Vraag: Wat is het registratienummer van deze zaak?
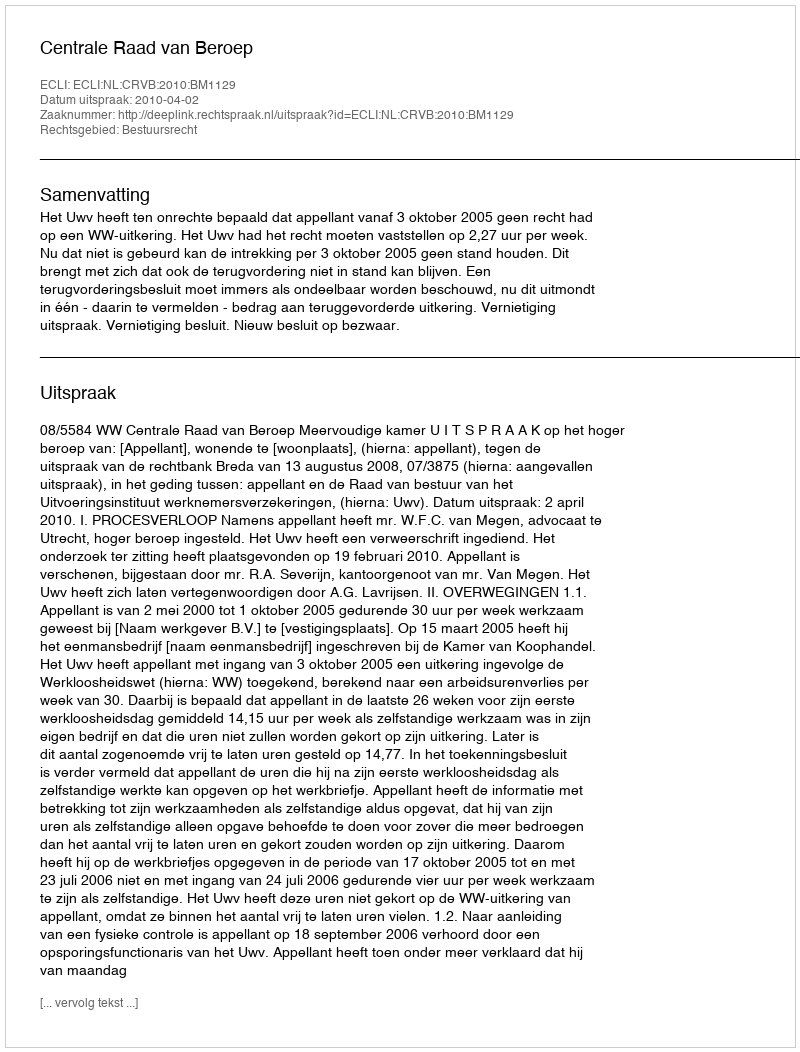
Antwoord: http://deeplink.rechtspraak.nl/uitspraak?id=ECLI:NL:CRVB:2010:BM1129